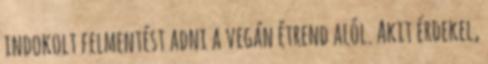
indokolt felmentést adni a vegán étrend alól. Akit érdekel,